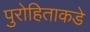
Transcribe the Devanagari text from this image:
पुरोहिताकडे